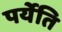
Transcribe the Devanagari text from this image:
पर्येति